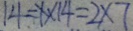
1 4 = 1 \times 1 4 = 2 \times 7